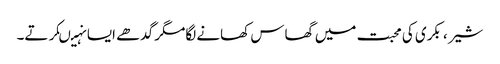
شیر ، بکری کی محبت میں گھاس کھانے لگامگر گدھے ایسا نہیںکرتے۔